Report of the Indian Hemp Drugs Commission, 1894-1895 - Volume II
Year: 1894
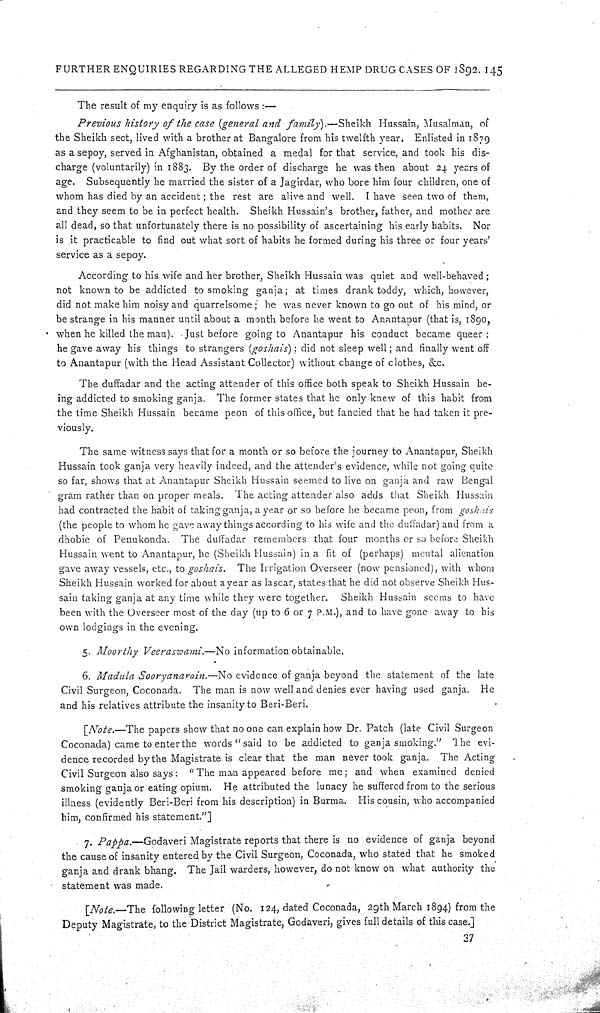
FURTHER ENQUIRIES REGARDING THE ALLEGED HEMP DRUG CASES OF 1892. 145
The result of my enquiry is as follows:—
Previous history of the case (general and family).—Sheikh Hussain, Musalman, of
the Sheikh sect, lived with a brother at Bangalore from his twelfth year. Enlisted in 1879
as a sepoy, served in Afghanistan, obtained a medal for that service, and took his dis-
charge (voluntarily) in 1883. By the order of discharge he was then about 24 years of
age. Subsequently he married the sister of a Jagirdar, who bore him four children, one of
whom has died by an accident; the rest are alive and well. I have seen two of them,
and they seem to be in perfect health. Sheikh Hussain's brother, father, and mother are
all dead, so that unfortunately there is no possibility of ascertaining his early habits. Nor
is it practicable to find out what sort of habits he formed during his three or four years'
service as a sepoy.
According to his wife and her brother, Sheikh Hussain was quiet and well-behaved;
not known to be addicted to smoking ganja; at times drank toddy, which, however,
did not make him noisy and quarrelsome; he was never known to go out of his mind, or
be strange in his manner until about a month before he went to Anantapur (that is, 1890,
when he killed the man). Just before going to Anantapur his conduct became queer;
he gave away his things to strangers (goshais); did not sleep well; and finally went off
to Anantapur (with the Head Assistant Collector) without change of clothes, &c.
The duffadar and the acting attender of this office both speak to Sheikh Hussain be-
ing addicted to smoking ganja. The former states that he only knew of this habit from
the time Sheikh Hussain became peon of this office, but fancied that he had taken it pre-
viously.
The same witness says that for a month or so before the journey to Anantapur, Sheikh
Hussain took ganja very heavily indeed, and the attender's evidence, while not going quite
so far, shows that at Anantapur Sheikh Hussain seemed to live on ganja and raw Bengal
gram rather than on proper meals. The acting attender also adds that Sheikh Hussain
had contracted the habit of taking ganja, a year or so before he became peon, from goshais
(the people to whom he gave away things according to his wife and the duffadar) and from a
dhobie of Penukonda. The duffadar remembers that four months or so before Sheikh
Hussain went to Anantapur, he (Sheikh Hussain) in a fit of (perhaps) mental alienation
gave away vessels, etc., to goshais. The Irrigation Overseer (now pensioned), with whom
Sheikh Hussain worked for about a year as lascar, states that he did not observe Sheikh Hus-
sain taking ganja at any time while they were together. Sheikh Hussain seems to have
been with the Overseer most of the day (up to 6 or 7 P.M.), and to have gone away to his
own lodgings in the evening.
5. Moorthy Veeraswami.—No information obtainable.
6. Madula Sooryanarain.—No evidence of ganja beyond the statement of the late
Civil Surgeon, Coconada. The man is now well and denies ever having used ganja. He
and his relatives attribute the insanity to Beri-Beri.
[Note.—The papers show that no one can explain how Dr. Patch (late Civil Surgeon
Coconada) came to enter the words "said to be addicted to ganja smoking." The evi-
dence recorded by the Magistrate is clear that the man never took ganja. The Acting
Civil Surgeon also says: "The man appeared before me; and when examined denied
smoking ganja or eating opium. He attributed the lunacy he suffered from to the serious
illness (evidently Beri-Beri from his description) in Burma. His cousin, who accompanied
him, confirmed his statement."]
7. Pappa.—Godaveri Magistrate reports that there is no evidence of ganja beyond
the cause of insanity entered by the Civil Surgeon, Coconada, who stated that he smoked
ganja and drank bhang. The Jail warders, however, do not know on what authority the
statement was made.
[Note.—The following letter (No. 124, dated Coconada, 29th March 1894) from the
Deputy Magistrate, to the District Magistrate, Godaveri, gives full details of this case.]
37